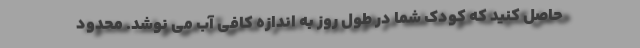
حاصل کنید که کودک شما در طول روز به اندازه کافی آب می نوشد. محدود